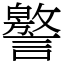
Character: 譥